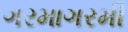
ગરમાગરમી